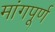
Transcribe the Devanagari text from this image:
मांगपूर्ण